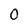
Character: O